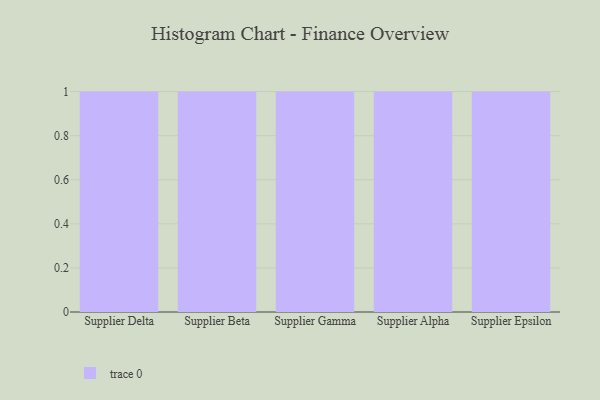
{"axis": {"x": "Supplier", "y": "Temperature (°C)"}, "legend": [""], "data": [{"x": "Supplier Delta", "y": 31, "type": ""}, {"x": "Supplier Beta", "y": 80, "type": ""}, {"x": "Supplier Gamma", "y": 83, "type": ""}, {"x": "Supplier Alpha", "y": 47, "type": ""}, {"x": "Supplier Epsilon", "y": 59, "type": ""}]}